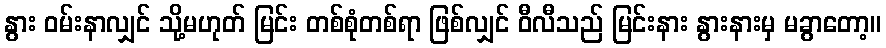
နွား ဝမ်းနာလျှင် သို့မဟုတ် မြင်း တစ်စုံတစ်ရာ ဖြစ်လျှင် ဝီလီသည် မြင်းနား နွားနားမှ မခွာတော့။